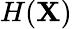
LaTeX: H(\mathbf{X})